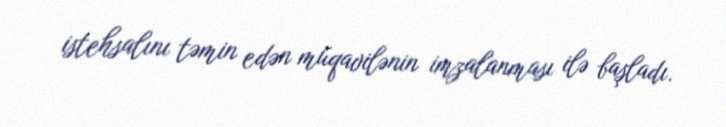
istehsalını təmin edən müqavilənin imzalanması ilə başladı.